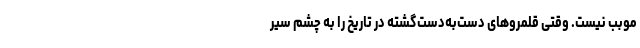
مُوَبّب نیست. وقتی قلمروهای دست‌به‌دست‌گشته در تاریخ را به چشمِ سیر